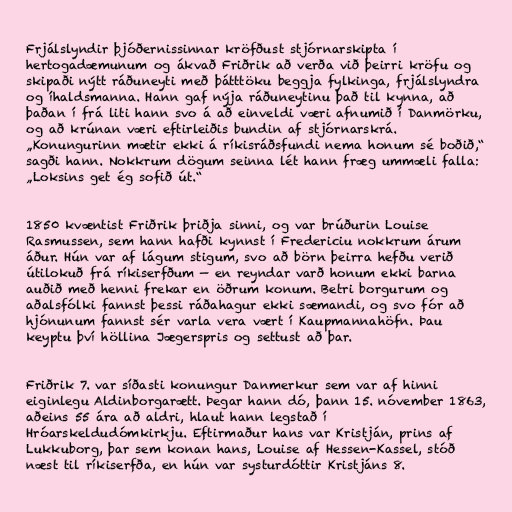
Frjálslyndir þjóðernissinnar kröfðust stjórnarskipta í
hertogadæmunum og ákvað Friðrik að verða við þeirri kröfu og
skipaði nýtt ráðuneyti með þátttöku beggja fylkinga, frjálslyndra
og íhaldsmanna. Hann gaf nýja ráðuneytinu það til kynna, að
þaðan í frá liti hann svo á að einveldi væri afnumið í Danmörku,
og að krúnan væri eftirleiðis bundin af stjórnarskrá.
„Konungurinn mætir ekki á ríkisráðsfundi nema honum sé boðið,“
sagði hann. Nokkrum dögum seinna lét hann fræg ummæli falla:
„Loksins get ég sofið út.“

1850 kvæntist Friðrik þriðja sinni, og var brúðurin Louise
Rasmussen, sem hann hafði kynnst í Fredericiu nokkrum árum
áður. Hún var af lágum stigum, svo að börn þeirra hefðu verið
útilokuð frá ríkiserfðum — en reyndar varð honum ekki barna
auðið með henni frekar en öðrum konum. Betri borgurum og
aðalsfólki fannst þessi ráðahagur ekki sæmandi, og svo fór að
hjónunum fannst sér varla vera vært í Kaupmannahöfn. Þau
keyptu því höllina Jægerspris og settust að þar.

Friðrik 7. var síðasti konungur Danmerkur sem var af hinni
eiginlegu Aldinborgarætt. Þegar hann dó, þann 15. nóvember 1863,
aðeins 55 ára að aldri, hlaut hann legstað í
Hróarskeldudómkirkju. Eftirmaður hans var Kristján, prins af
Lukkuborg, þar sem konan hans, Louise af Hessen-Kassel, stóð
næst til ríkiserfða, en hún var systurdóttir Kristjáns 8.